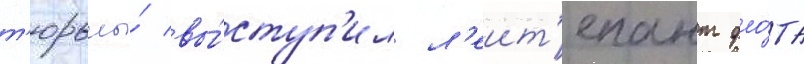
т'юрьмы́ вы́ступ'ил л'еит'енант фло́та